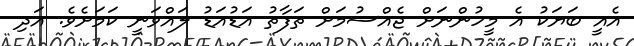
އެއީ ބަޔަކު އެ މީހުންނަށް ޖެއްސުމަށް ތަފާތު އަޑުއަޑު ލައްވަނީ ކަމަށެވެ. އަދި